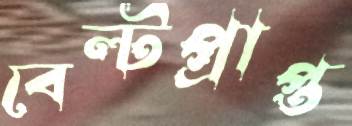
বেল্টপ্রাপ্ত